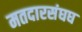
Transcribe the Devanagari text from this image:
मतदारसंघघ